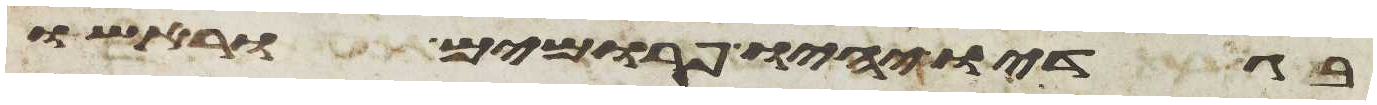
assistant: בגדיו יהיו פרומים וראשו